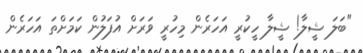
"ބަލަ ޝީލާ! ޝީލާ ހީކުރީ އަހަރެން މިހުރީ ވަރަށް އުފަލުން ކަމަށްތަ އަހަރެން